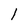
Character: l